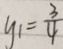
y _ { 1 } = \frac { 3 } { 4 }